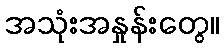
အသုံးအနှုန်းတွေ။